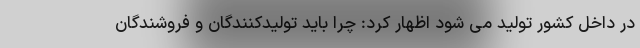
در داخل کشور تولید می شود اظهار کرد: چرا باید تولیدکنندگان و فروشندگان